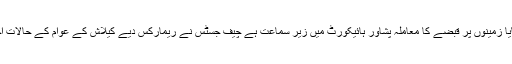
سماعت میں کے پی کے وکیل نے بتایا زمینوں پر قبضے کا معاملہ پشاور ہائیکورٹ میں زیر سماعت ہے چیف جسٹس نے ریمارکس دیے کیلاش کے عوام کے حالات اچھے نہیں، ان کی داد رسی کی جائے۔